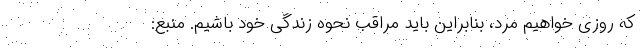
که روزی خواهیم مرد، بنابراین باید مراقب نحوه زندگی خود باشیم. منبع: